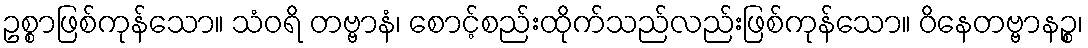
ဥစ္စာဖြစ်ကုန်သော။ သံဝရိ တဗ္ဗာနံ၊ စောင့်စည်းထိုက်သည်လည်းဖြစ်ကုန်သော။ ဝိနေတဗ္ဗာနဉ္စ၊